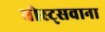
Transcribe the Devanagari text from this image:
बोस्ट्सवाना